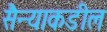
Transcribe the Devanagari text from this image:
सैन्याकडील